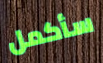
سأكمل